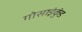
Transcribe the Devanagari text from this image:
गोसाइंकुंड